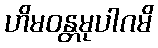
ဟိမဝန္တမုပါဂမိ